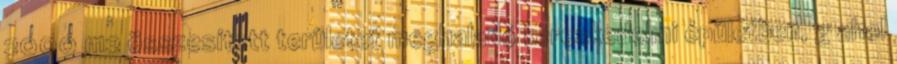
2000 m2 összesített területet meghaladó kereskedelmi épületben, g ahol